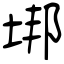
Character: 垹